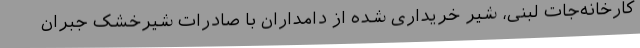
کارخانه‌جات لبنی، شیر خریداری شده از دامداران با صادرات شیرخشک جبران